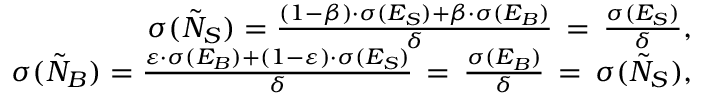
\begin{array} { r l r } & { } & { \sigma ( \tilde { N } _ { S } ) = \frac { ( 1 - \beta ) \cdot \sigma ( E _ { S } ) + \beta \cdot \sigma ( E _ { B } ) } { \delta } \, = \, \frac { \sigma ( E _ { S } ) } { \delta } , } \\ & { } & { \sigma ( \tilde { N } _ { B } ) = \frac { \varepsilon \cdot \sigma ( E _ { B } ) + ( 1 - \varepsilon ) \cdot \sigma ( E _ { S } ) } { \delta } \, = \, \frac { \sigma ( E _ { B } ) } { \delta } \, = \, \sigma ( \tilde { N } _ { S } ) , } \end{array}